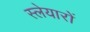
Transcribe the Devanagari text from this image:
स्लेयारों